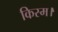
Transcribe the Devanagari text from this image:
किस्म।